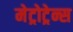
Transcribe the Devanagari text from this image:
मेट्रोट्रेन्स